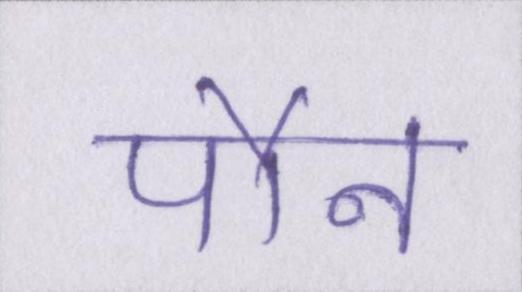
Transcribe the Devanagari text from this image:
पौन